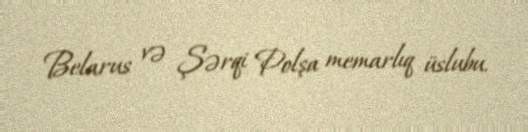
Belarus və Şərqi Polşa memarlıq üslubu.